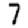
Digit: 7